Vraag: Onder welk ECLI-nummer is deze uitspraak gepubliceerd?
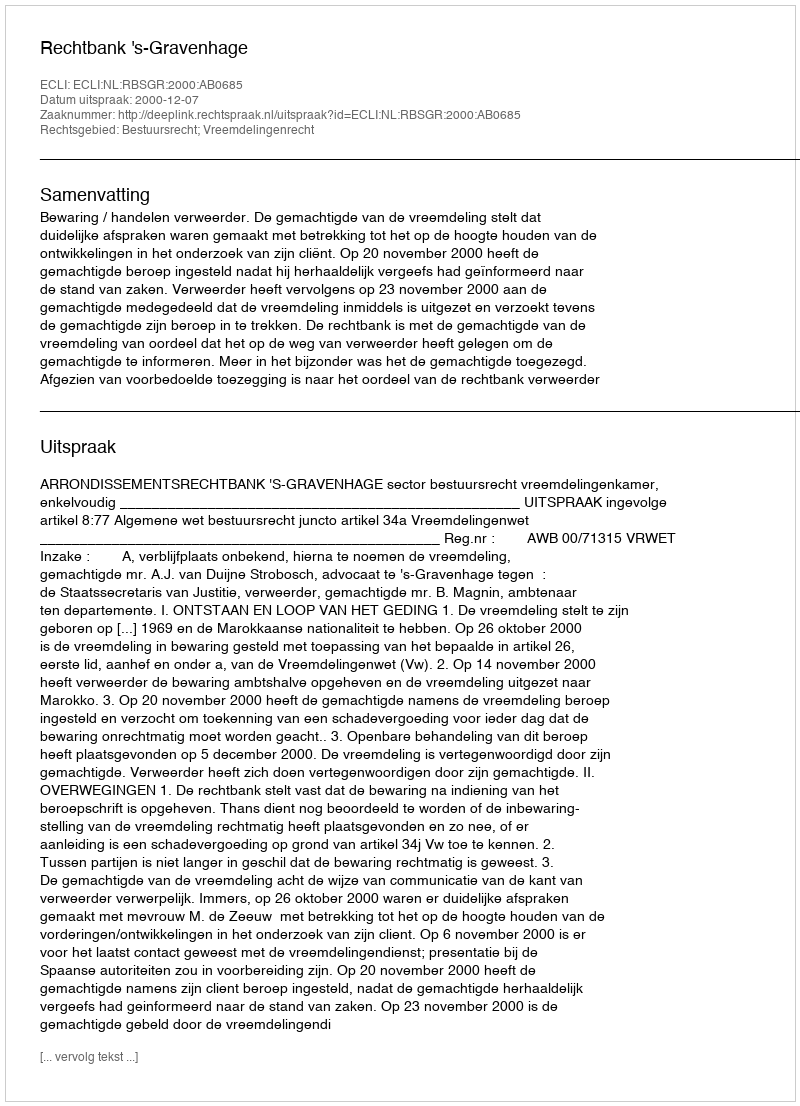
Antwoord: ECLI:NL:RBSGR:2000:AB0685